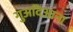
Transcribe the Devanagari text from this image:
गुअदिआना